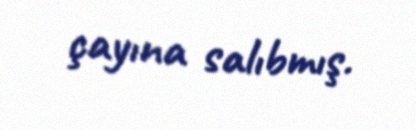
çayına salıbmış.